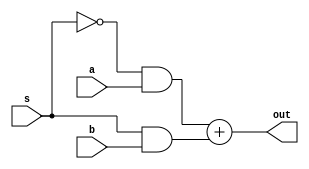
module mux2to1(a, b, s, out);
  input a, b, s;
  output out;

  assign out = (~s & a) + (s & b);
endmodule